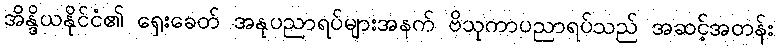
အိန္ဒိယနိုင်ငံ၏ ရှေးခေတ် အနုပညာရပ်များအနက် ဗိသုကာပညာရပ်သည် အဆင့်အတန်း